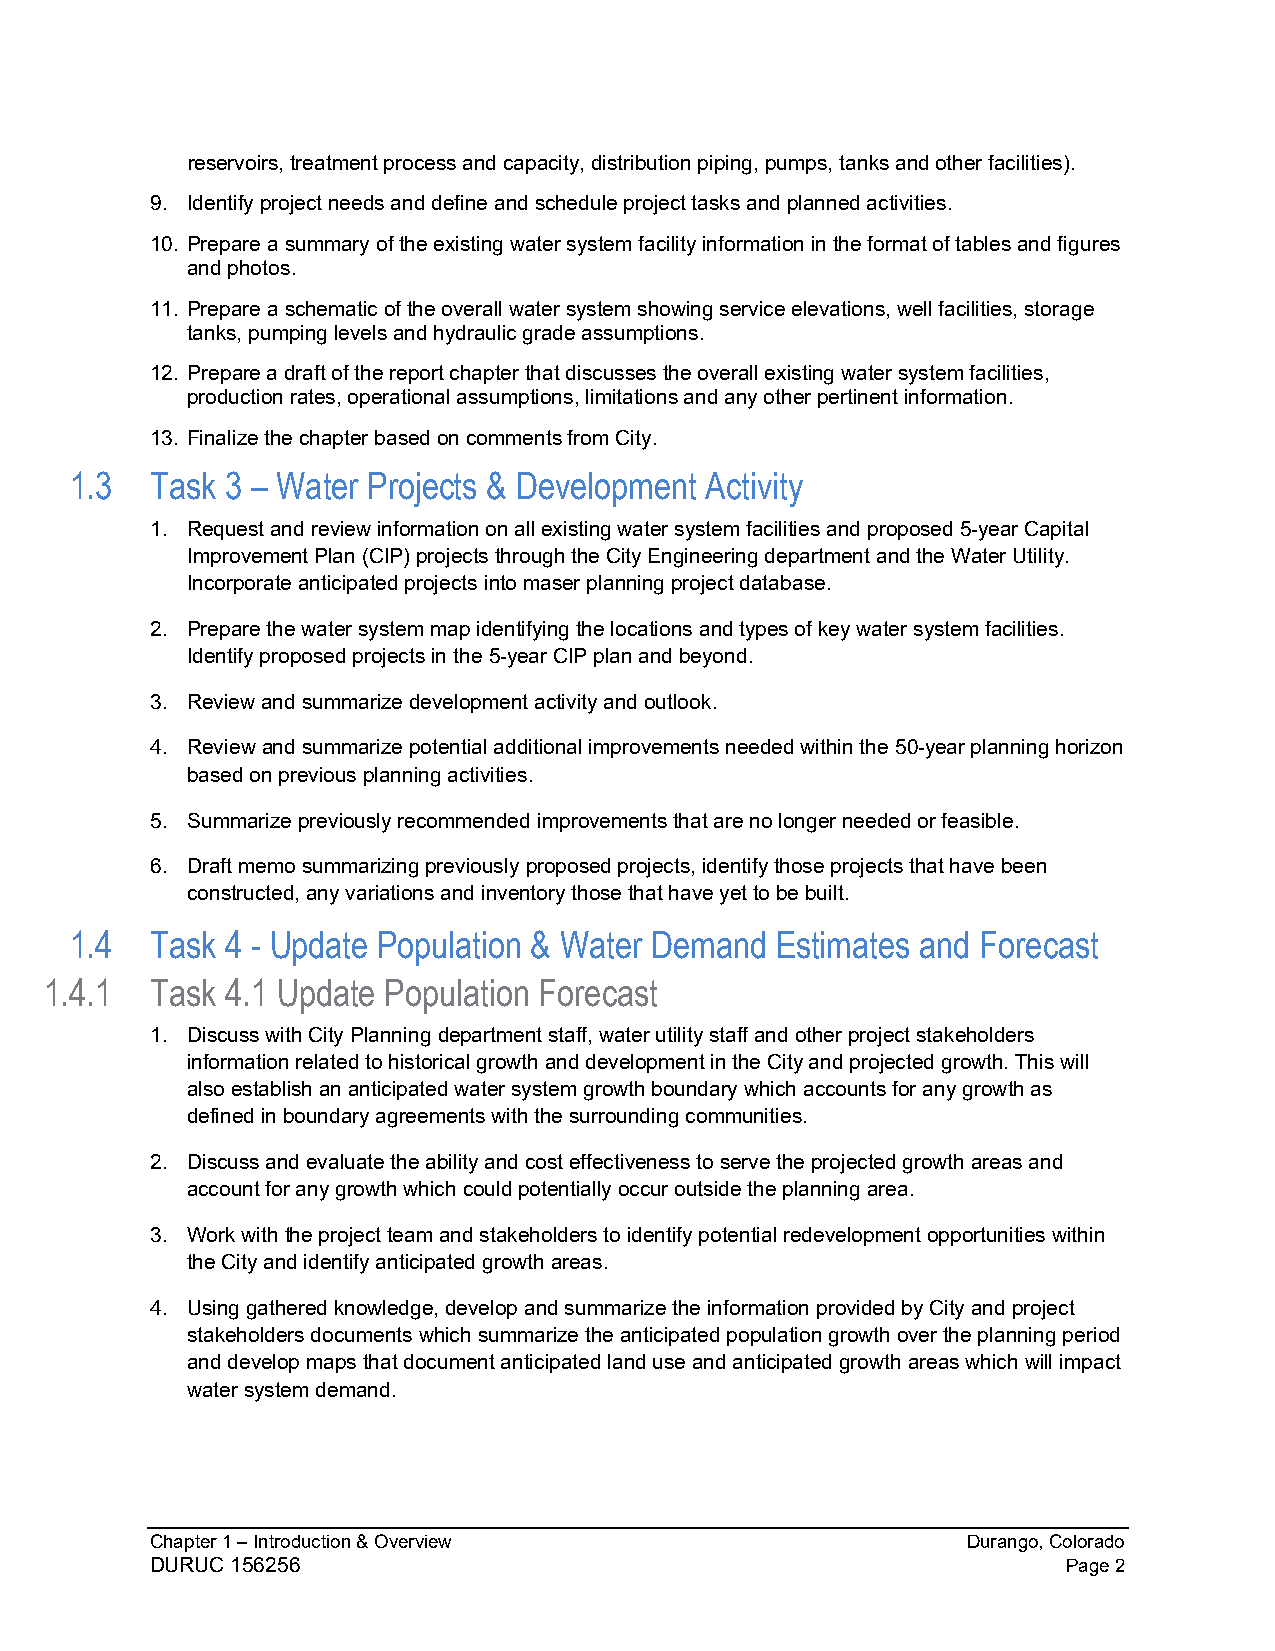
reservoirs, treatment process and capacity, distribution piping, pumps, tanks and other facilities).
 9. Identify project needs and define and schedule project tasks and planned activities.
 10. Prepare a summary of the existing water system facility information in the format of tables and figures
 and photos.
 11. Prepare a schematic of the overall water system showing service elevations, well facilities, storage
 tanks, pumping levels and hydraulic grade assumptions.
 12. Prepare a draft of the report chapter that discusses the overall existing water system facilities,
 production rates, operational assumptions, limitations and any other pertinent information.
 13. Finalize the chapter based on comments from City.
 1.3  Task 3 – Water Projects & Development Activity
 1. Request and review information on all existing water system facilities and proposed 5-year Capital
 Improvement Plan (CIP) projects through the City Engineering department and the Water Utility.
 Incorporate anticipated projects into maser planning project database.
 2. Prepare the water system map identifying the locations and types of key water system facilities.
 Identify proposed projects in the 5-year CIP plan and beyond.
 3. Review and summarize development activity and outlook.
 4. Review and summarize potential additional improvements needed within the 50-year planning horizon
 based on previous planning activities.
 5. Summarize previously recommended improvements that are no longer needed or feasible.
 6. Draft memo summarizing previously proposed projects, identify those projects that have been
 constructed, any variations and inventory those that have yet to be built.
 1.4  Task 4 - Update Population & Water Demand Estimates and Forecast
 1.4.1  Task 4.1 Update Population Forecast
 1. Discuss with City Planning department staff, water utility staff and other project stakeholders
 information related to historical growth and development in the City and projected growth. This will
 also establish an anticipated water system growth boundary which accounts for any growth as
 defined in boundary agreements with the surrounding communities.
 2. Discuss and evaluate the ability and cost effectiveness to serve the projected growth areas and
 account for any growth which could potentially occur outside the planning area.
 3. Work with the project team and stakeholders to identify potential redevelopment opportunities within
 the City and identify anticipated growth areas.
 4. Using gathered knowledge, develop and summarize the information provided by City and project
 stakeholders documents which summarize the anticipated population growth over the planning period
 and develop maps that document anticipated land use and anticipated growth areas which will impact
 water system demand.
 Chapter 1 – Introduction & Overview                   Durango, Colorado
 DURUC 156256                                                 Page 2